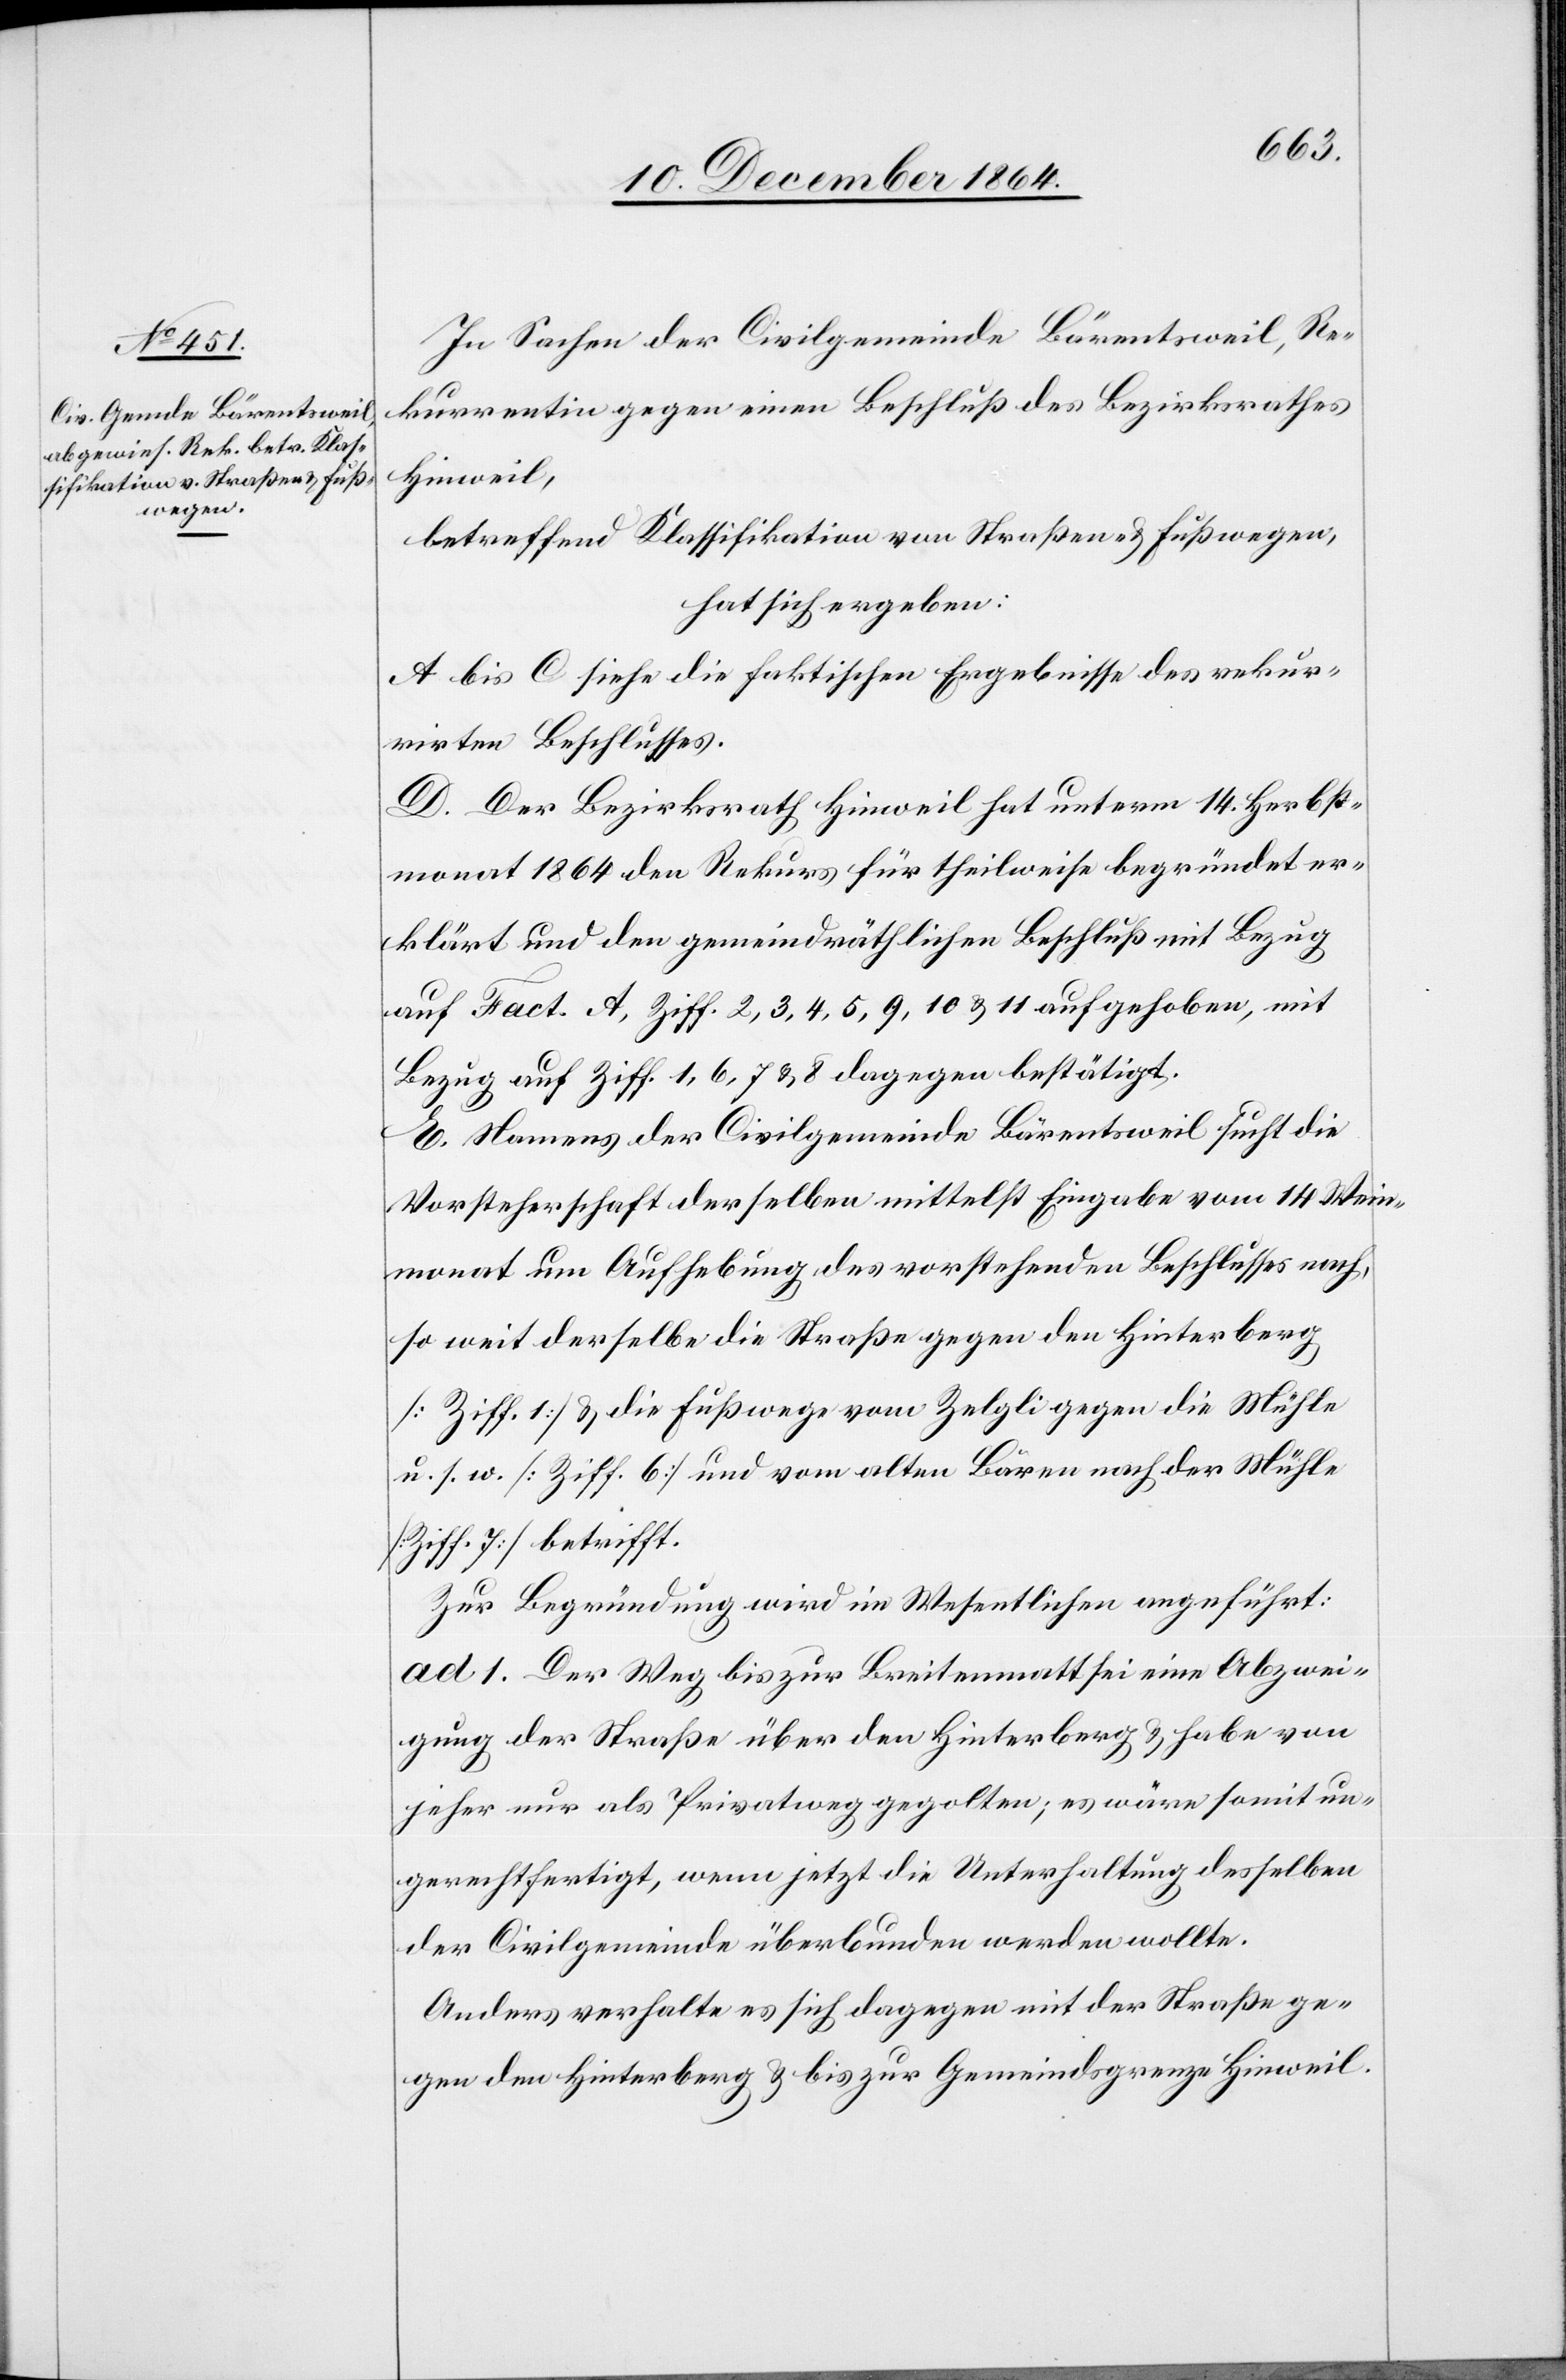
In Sachen der Civilgemeinde Bärentsweil, Re¬
kurrentin gegen einen Beschluß des Bezirksrathes
Hinweil,
betreffend Klassifikation von Straßen & Fußwegen,
hat sich ergeben:
A. bis C. siehe die faktischen Ergebnisse des rekur¬
rirten Beschlusses.
D. Der Bezirksrath Hinweil hat unterm 14. Herbst¬
monat 1864 den Rekurs für theilweise begründet er¬
klärt und den gemeindräthlichen Beschluß mit Bezug
auf Fact. A, Ziff. 2, 3, 4, 5, 9, 10 & 11 aufgehoben, mit
Bezug auf Ziff. 1, 6, 7, & 8 dagegen bestätigt.
E. Namens der Civilgemeinde Bärentsweil sucht die
Vorsteherschaft derselben mittelst Eingabe vom 14. Wein¬
monat um Aufhebung des vorstehenden Beschlusses nach,
so weit derselbe die Straße gegen den Hinterberg
[Ziff. 1] & die Fußwege vom Zelgli gegen die Mühle
u. s. w. [Ziff. 6] und vom alten Bären nach der Mühle
[Ziff. 7] betrifft.
Zur Begründung wird im Wesentlichen angeführt:
ad 1. Der Weg bis zur Breitenmatt sei eine Abzwei¬
gung der Straße über den Hinterberg & habe von
jeher nur als Privatweg gegolten; es wäre somit un¬
gerechtfertigt, wenn jetzt die Unterhaltung desselben
der Civilgemeinde überbunden werden wollte.
Anders verhalte es sich dagegen mit der Straße ge¬
gen den Hinterberg & bis zur Gemeindsgrenze Hinweil.